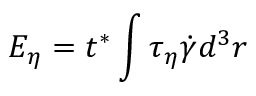
{ E } _ { \eta } = { { t } ^ { * } } \int { { { \tau } _ { \eta } } \dot { \gamma } { d ^ { 3 } } r }